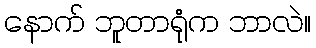
နောက် ဘူတာရုံက ဘာလဲ။